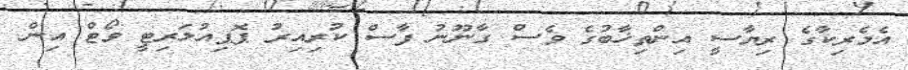
އެމެރިކާގެ ރިޔާސީ އިންތިޚާބުގެ ވެސް ގާނޫނު ފާސް ކުރިއިރު ޕޮޕިއުލަރިޓީ ވޯޓް އިން